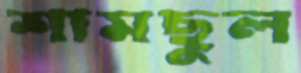
শামছুল